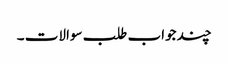
چند جواب طلب سوالات ۔